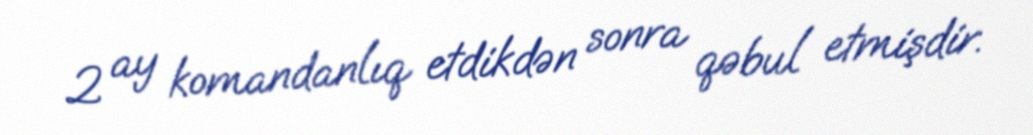
2 ay komandanlıq etdikdən sonra qəbul etmişdir.